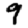
Digit: 9